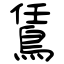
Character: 鵀